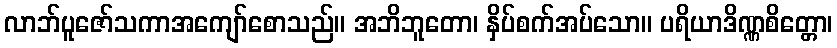
လာဘ်ပူဇော်သကာအကျော်စောသည်။ အဘိဘူတော၊ နှိပ်စက်အပ်သော။ ပရိယာဒိဏ္ဏစိတ္တော၊